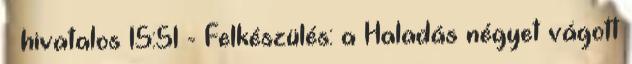
– hivatalos 15:51 - Felkészülés: a Haladás négyet vágott